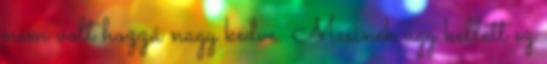
nem volt hozzá nagy kedve. Mesinek úgy kellett ez